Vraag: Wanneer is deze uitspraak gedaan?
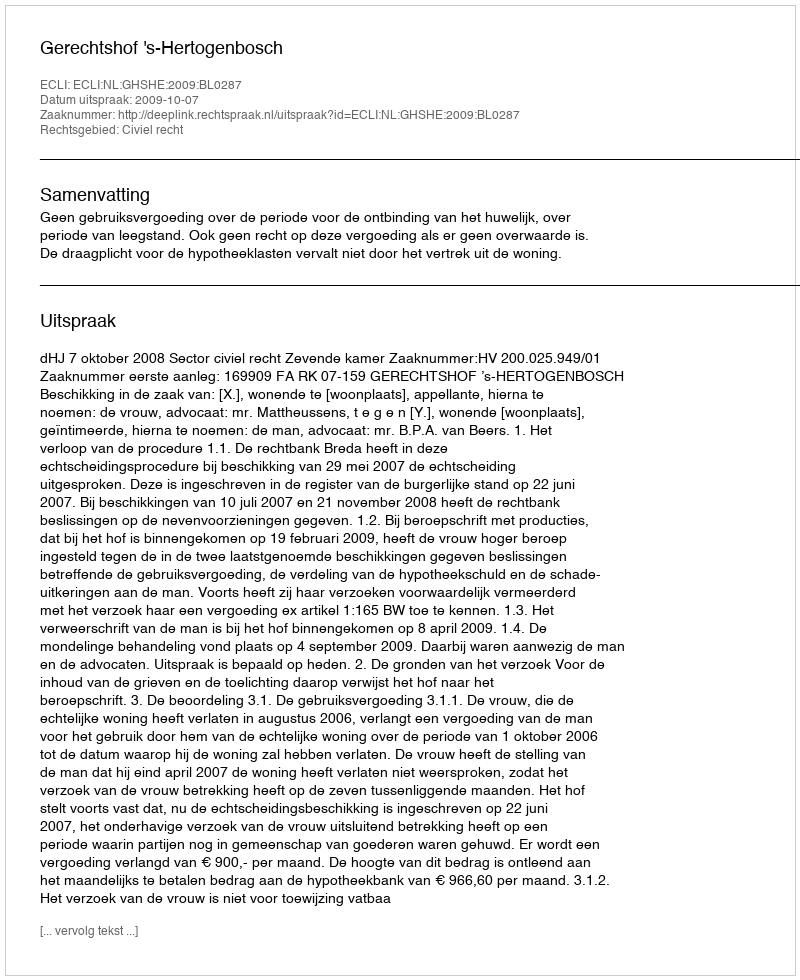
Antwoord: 2009-10-07